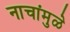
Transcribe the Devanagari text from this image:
नाचांमुळे